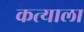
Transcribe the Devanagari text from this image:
कत्याला